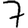
Digit: 7